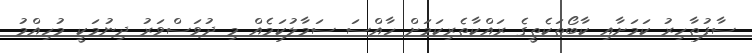
ސާފުތާހިރު ކަމަށާއި ކާބޯތަކެތީގެ ރައްކާތެރިކަމަށް ހާއްސަ ސަމާލުކަމެއް މި ދުވަސްވަރު ދިނުމަކީ މުހިއްމު